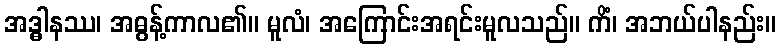
အဒ္ဓါနဿ၊ အဓွန့်ကာလ၏။ မူလံ၊ အကြောင်းအရင်းမူလသည်။ ကိံ၊ အဘယ်ပါနည်း။